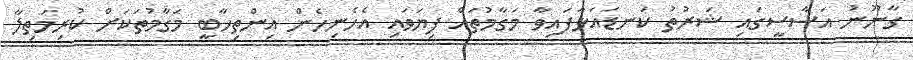
ގާނޫނު އަސާސީގައި ޝަރުތު ކަނޑައަޅާފައިވާ މަގާމުތައް ފިޔަވައި އެހެނިހެން އިންތިހާބީ މަގާމުތަކަށް ކުރިމަތިލާ